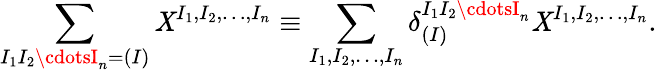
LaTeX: \sum_{I_{1}I_{2}\cdotsI_{n}=(I)}\mathit{X}^{I_{1},I_{2},\ldots,I_{n}}\equiv\sum_{I_{1},I_{2},\ldots,I_{n}}\delta_{(I)}^{I_{1}I_{2}\cdotsI_{n}}\mathit{X}^{I_{1},I_{2},\ldots,I_{n}}.